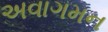
અવાગમન